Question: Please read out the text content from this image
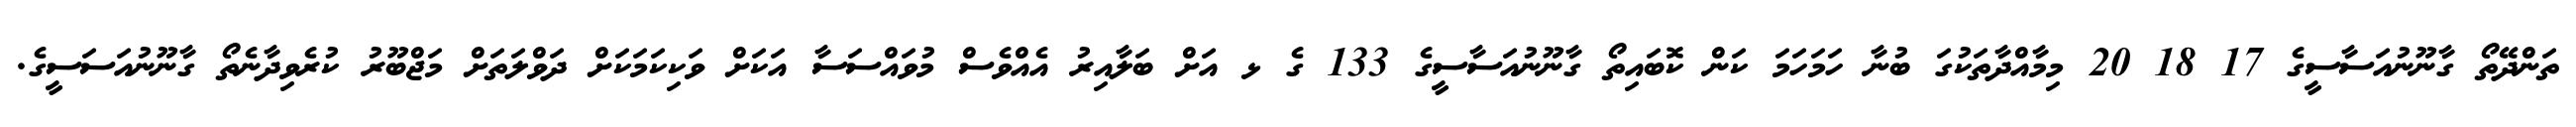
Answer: ތަންދޭތޯ ގާނޫނުއަސާސީގެ 17 18 20 މިމާއްދާތަކުގަ ބުނާ ހަމަހަމަ ކަން ކޮބައިތޯ ގާނޫނުއަސާސީގެ 133 ގެ ޅ އަށް ބަލާއިރު އެއްވެސް މުވައްސަސާ އަކަށް ވަކިކަމަކަށް ދަވްލަތަށް މަޖްބޫރު ކުރެވިދާނެތޯ ގާނޫނުއަސަސީގެ.